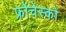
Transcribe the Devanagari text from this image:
फ्रोंचेस्को